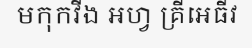
មកុកវីង អហ្វ គ្រីអេធីវ